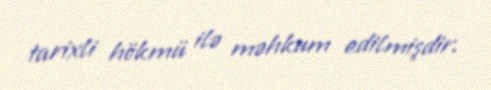
tarixli hökmü ilə məhkum edilmişdir.